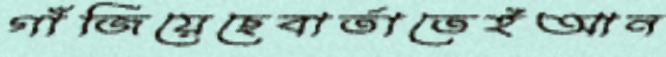
গাঁজিয়েছেবার্তাতেইআন